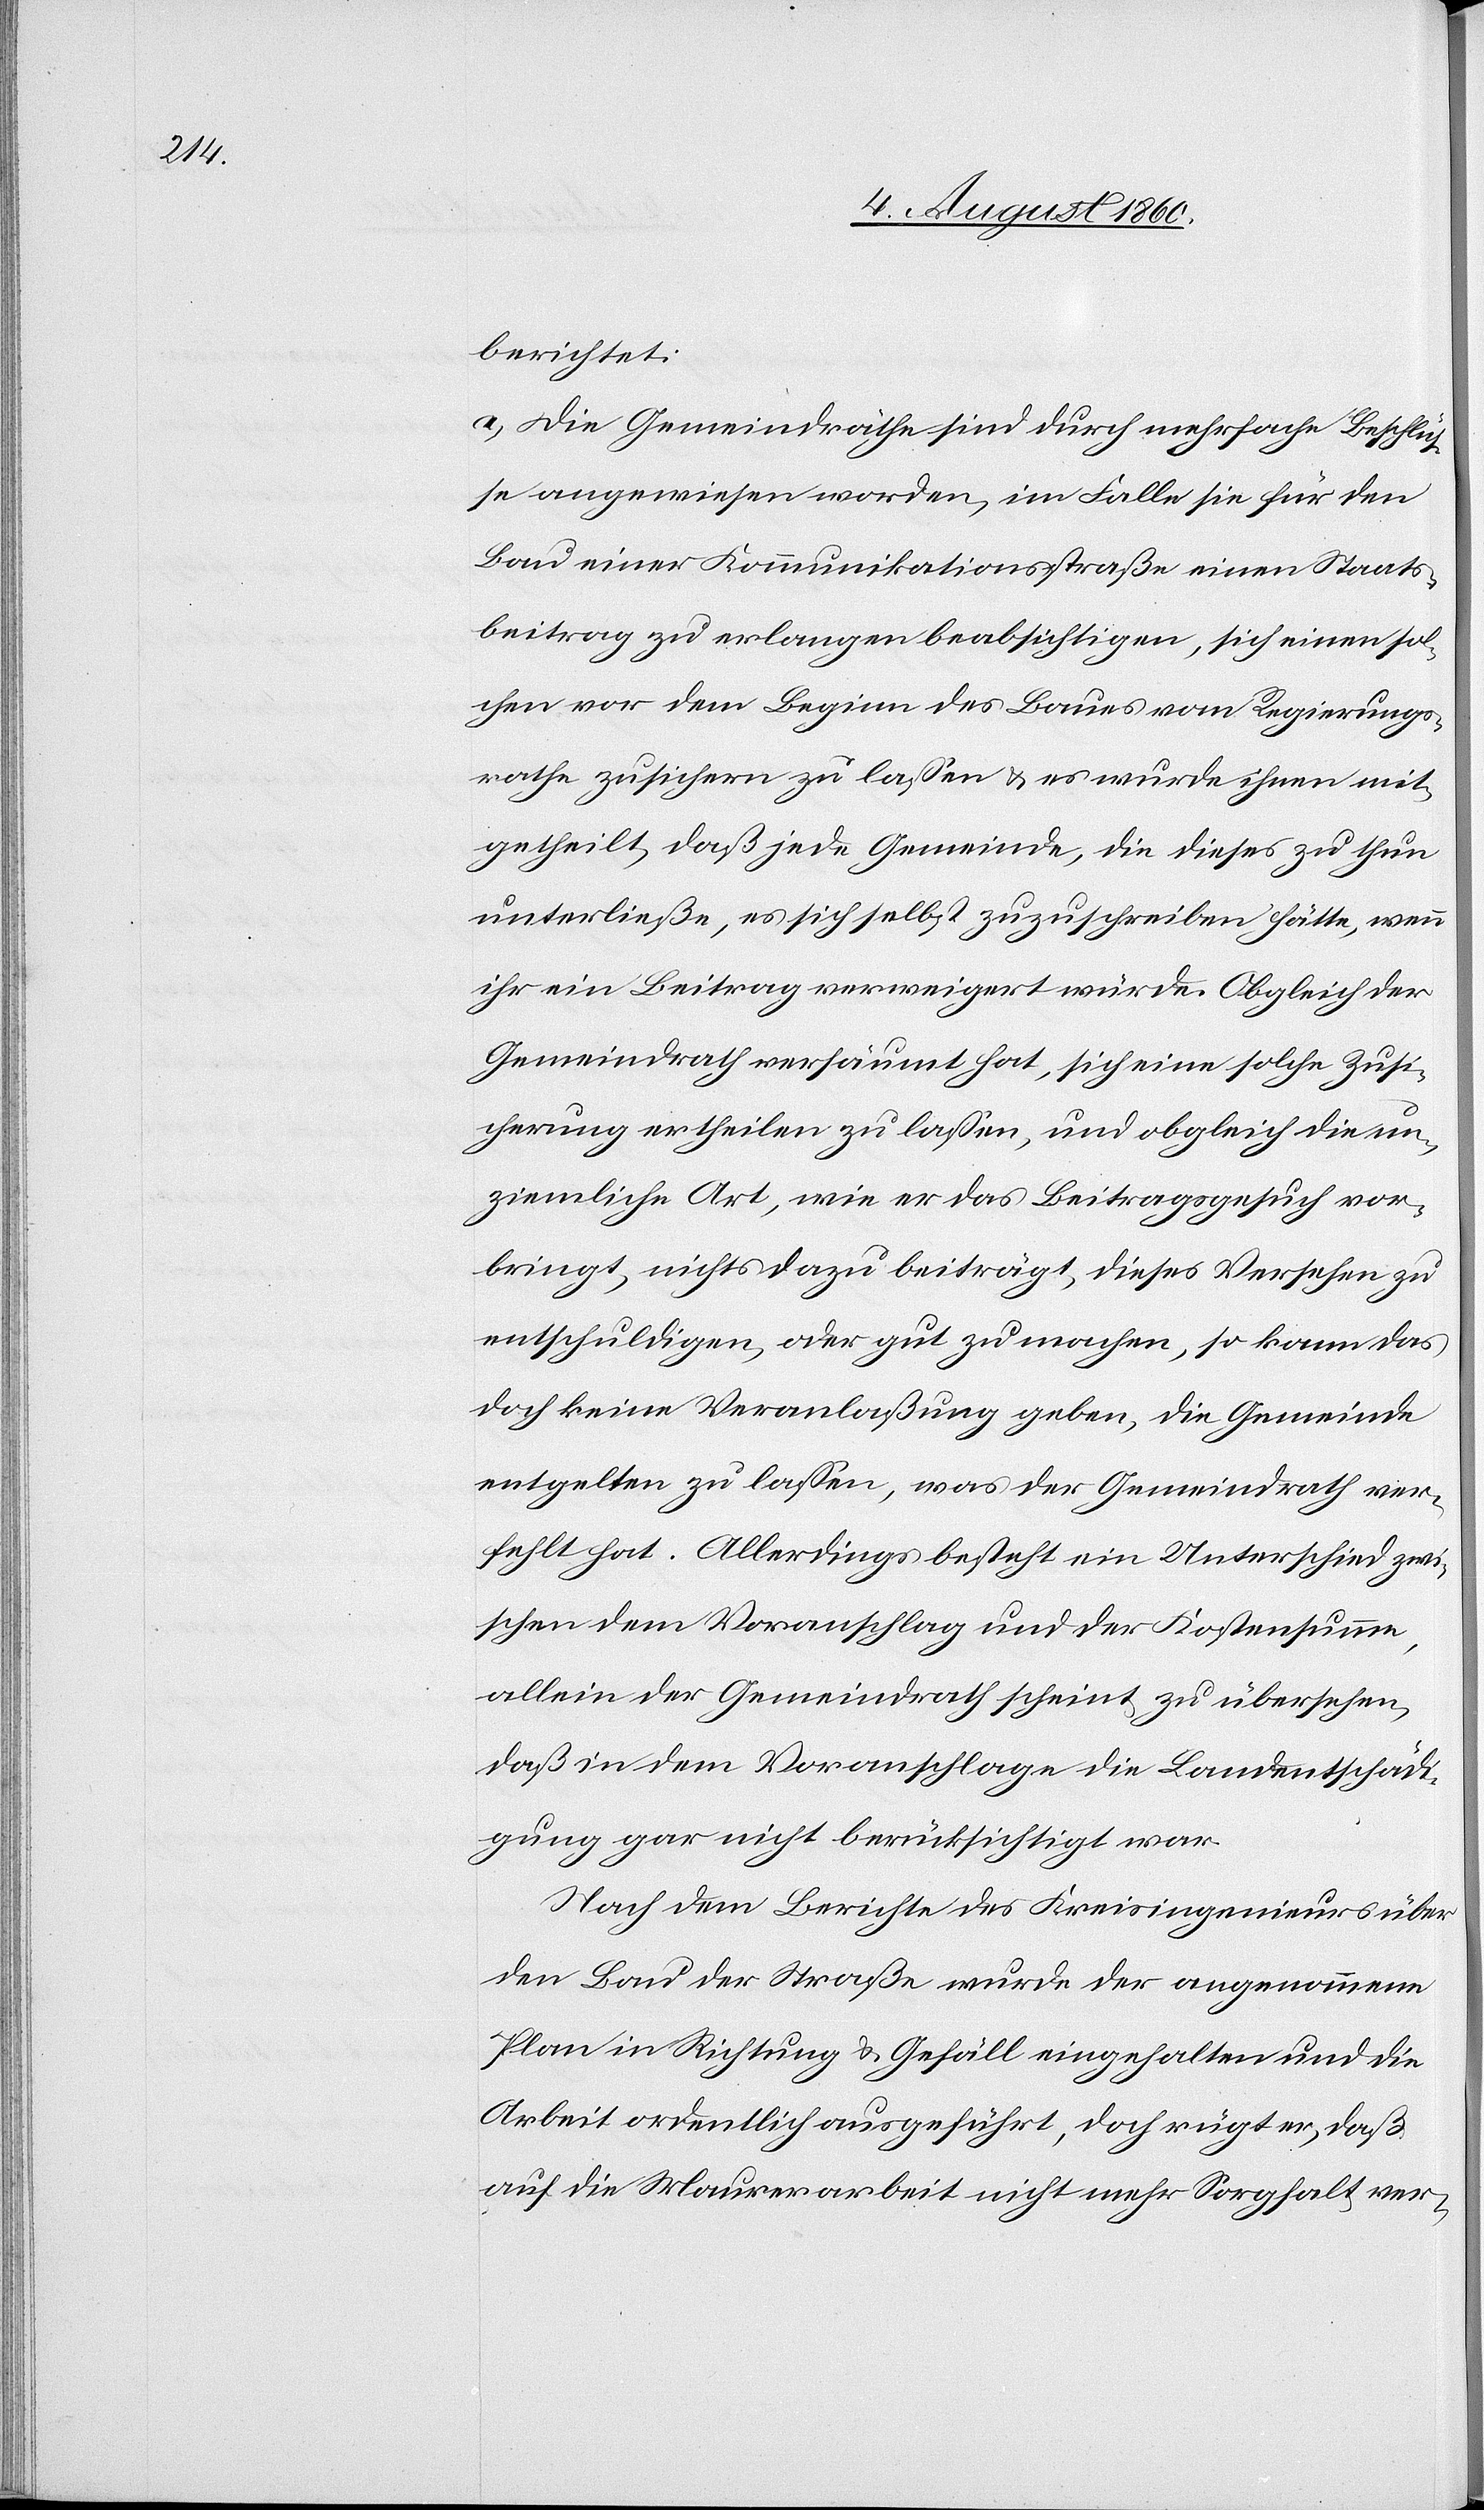
wendet

richtet:
a. Die Gemeindräthe sind durch mehrfache Beschlüs¬
se angewiesen worden, im Falle sie für den
Bau einer Kommunikationsstraße einen Staats¬
beitrag zu erlangen beabsichtigen, sich einen sol¬
chen vor dem Beginne des Baues vom Regierungs¬
rathe zusichern zu lassen, u. es wurde ihnen mit¬
getheilt, dass jede Gemeinde, die dieses zu thun
unterliesse, es sich selbst zuzuschreiben hätte, wenn
ihr ein Beitrag verweigert würde. Obgleich der
Gemeindrath versäumt hat, sich eine solche Zusi¬
cherung ertheilen zu lassen, und obgleich die un¬
ziemliche Art, wie er das Beitragsgesuch vor¬
bringt, nichts dazu beiträgt, dieses Versehen zu
entschuldigen oder gut zu machen, so kann das
doch keine Veranlassung geben, die Gemeinde
entgelten zu lassen, was der Gemeindrath ver¬
fehlt hat. Allerdings besteht ein Unterschied zwi¬
schen dem Voranschlag und der Kostensumme,
allein der Gemeindrath scheint zu übersehen,
dass in dem Voranschlage die Landentschädi¬
gung gar nicht berücksichtigt war.
Nach dem Berichte des Kreisingenieurs über
den Bau der Strasse wurde der angenommene
Plan in Richtung und Gefäll eingehalten und die
Arbeit ordentlich ausgeführt, doch rügt er, dass
auf die Maurerarbeit nicht mehr Sorgfalt ver¬